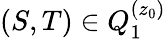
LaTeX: (S,T)\in Q_{1}^{(z_{0})}